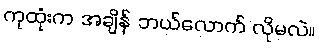
ကုထုံးက အချိန် ဘယ်လောက် လိုမလဲ။